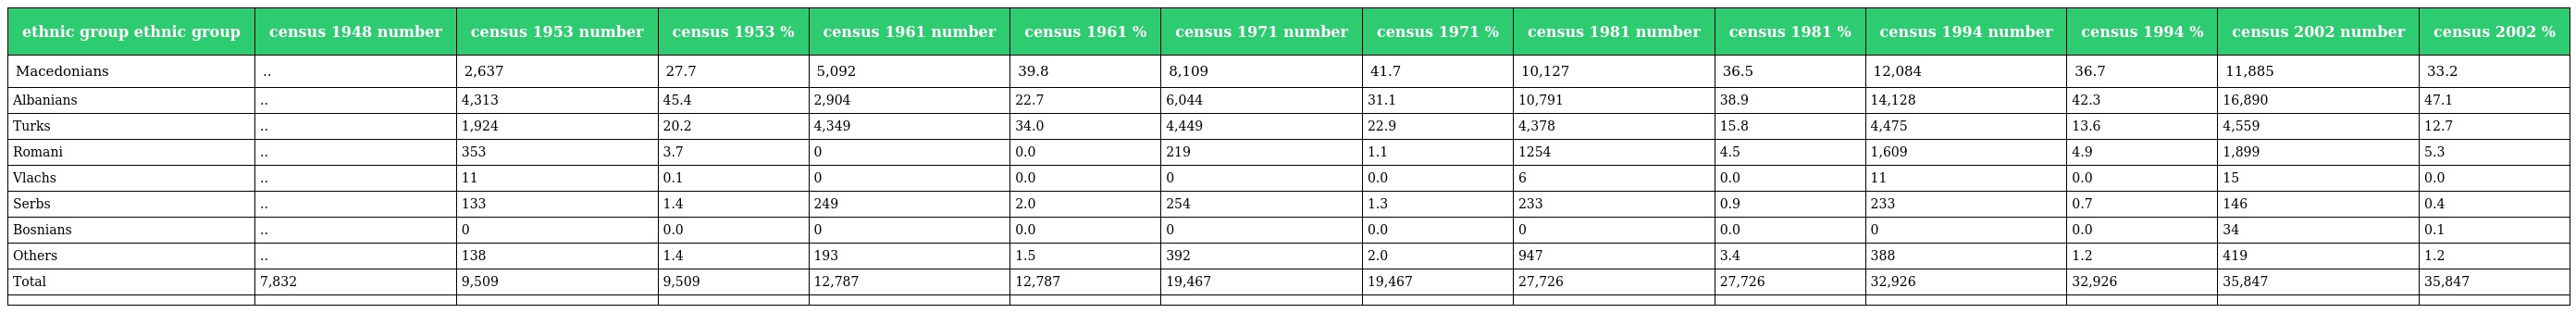
| ethnic group ethnic group | census 1948 number | census 1953 number | census 1953 % | census 1961 number | census 1961 % | census 1971 number | census 1971 % | census 1981 number | census 1981 % | census 1994 number | census 1994 % | census 2002 number | census 2002 % |
 | --- | --- | --- | --- | --- | --- | --- | --- | --- | --- | --- | --- | --- | --- |
 | Macedonians | .. | 2,637 | 27.7 | 5,092 | 39.8 | 8,109 | 41.7 | 10,127 | 36.5 | 12,084 | 36.7 | 11,885 | 33.2 |
 | Albanians | .. | 4,313 | 45.4 | 2,904 | 22.7 | 6,044 | 31.1 | 10,791 | 38.9 | 14,128 | 42.3 | 16,890 | 47.1 |
 | Turks | .. | 1,924 | 20.2 | 4,349 | 34.0 | 4,449 | 22.9 | 4,378 | 15.8 | 4,475 | 13.6 | 4,559 | 12.7 |
 | Romani | .. | 353 | 3.7 | 0 | 0.0 | 219 | 1.1 | 1254 | 4.5 | 1,609 | 4.9 | 1,899 | 5.3 |
 | Vlachs | .. | 11 | 0.1 | 0 | 0.0 | 0 | 0.0 | 6 | 0.0 | 11 | 0.0 | 15 | 0.0 |
 | Serbs | .. | 133 | 1.4 | 249 | 2.0 | 254 | 1.3 | 233 | 0.9 | 233 | 0.7 | 146 | 0.4 |
 | Bosnians | .. | 0 | 0.0 | 0 | 0.0 | 0 | 0.0 | 0 | 0.0 | 0 | 0.0 | 34 | 0.1 |
 | Others | .. | 138 | 1.4 | 193 | 1.5 | 392 | 2.0 | 947 | 3.4 | 388 | 1.2 | 419 | 1.2 |
 | Total | 7,832 | 9,509 | 9,509 | 12,787 | 12,787 | 19,467 | 19,467 | 27,726 | 27,726 | 32,926 | 32,926 | 35,847 | 35,847 |
 |  |  |  |  |  |  |  |  |  |  |  |  |  |  |